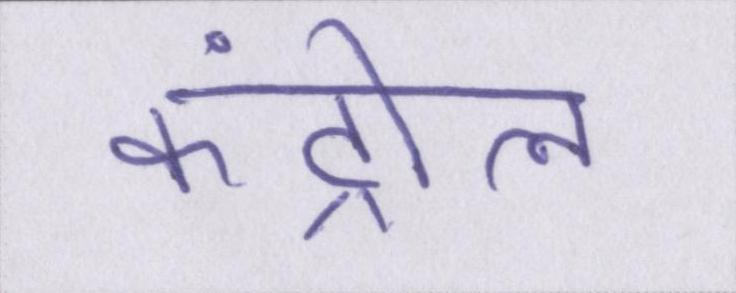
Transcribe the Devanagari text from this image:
कंट्रोल